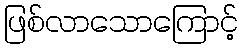
ဖြစ်လာသောကြောင့်